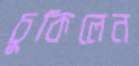
চুকিলেন